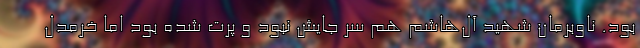
بود. ناوبرمان شهید آل‌هاشم هم سر جایش نبود و پرت شده بود اما خرمدل